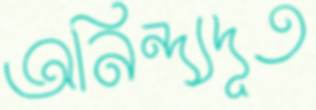
অনিন্দ্যদূত